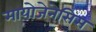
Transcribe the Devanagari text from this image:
मायोजेनेसिस